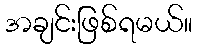
အချင်းဖြစ်ရမယ်။